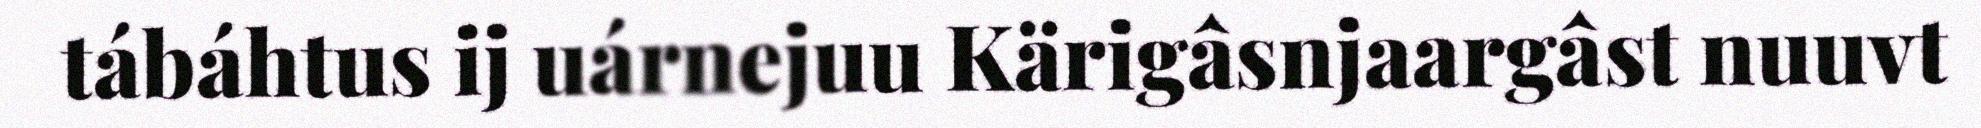
tábáhtus ij uárnejuu Kärigâsnjaargâst nuuvt